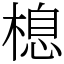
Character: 㮩